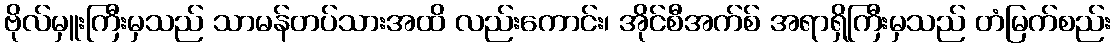
ဗိုလ်မှူးကြီးမှသည် သာမန်တပ်သားအထိ လည်းကောင်း၊ အိုင်စီအက်စ် အရာရှိကြီးမှသည် တံမြက်စည်း